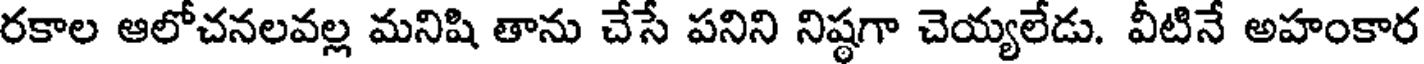
రకాల ఆలోచనలవల్ల మనిషి తాను చేసే పనిని నిష్ఠగా చెయ్యలేడు. వీటినే అహంకార